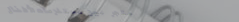
متجر بيع مستلزمات الأطفال